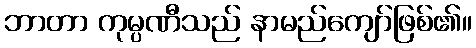
ဘာတာ ကုမ္ပဏီသည် နာမည်ကျော်ဖြစ်၏။